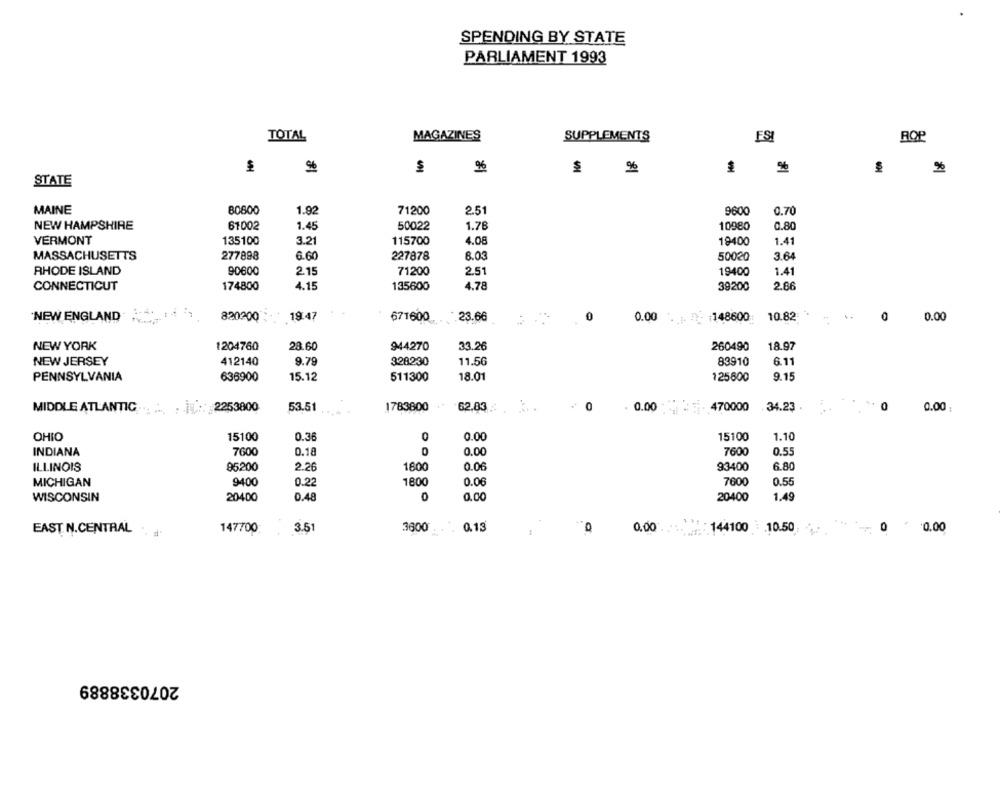
SPENDING BY STATE
PARLIAMENT 1993
TOTAL
MAGAZINES
SUPPLEMENTS
ESI
ROP
%
%
%
STATE
MAINE
80800
1.92
71200
2.51
9600
0.70
NEW HAMPSHIRE
61002
1.45
50022
1.78
10980
0.80
VERMONT
135100
3.21
115700
4.08
19400
1.41
MASSACHUSETTS
277898
6.60
227878
8.03
50020
3.64
RHODE ISLAND
90600
2.15
71200
2.51
19400
1.41
4.15
4.78
2.66
CONNECTICUT
174800
135600
39200
820200
19:47
0
0.00
0.00
NEW ENGLAND
671600
23.66
:148600
10.82
0
NEW YORK
1204760
28.60
944270
33.26
260490
18.97
NEW JERSEY
412140
9.79
928230
11.56
83910
6.11
PENNSYLVANIA
636900
15.12
511300
18.01
125600
9.15
MIDDLE ATLANTIC .. .. . ] :: 2253800
53.51
1783800
62.83
0
. 0.00
470000
34.23
0
0.00 ;
15100
0
OHIO
0.36
0.00
15100
1.10
INDIANA
7600
0.18
0.00
7600
0.55
ILLINOIS
95200
2.26
1800
0.06
93400
6.80
MICHIGAN
9400
0.22
1800
0.06
7600
0.55
WISCONSIN
20400
0.48
0.00
20400
1.49
EAST N.CENTRAL
147700
3.51
3600
0.13
0.00
144100 10.50.
0 0.00
2070338889